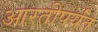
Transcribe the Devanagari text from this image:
आरतीपर्यंत